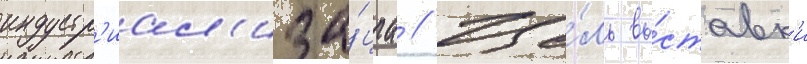
индустр'иал'иза́циа // Це́ль вы́ставк'и